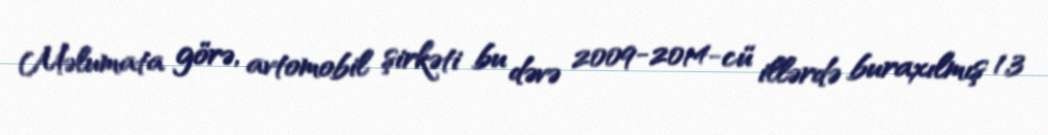
Məlumata görə, avtomobil şirkəti bu dəvə 2009-2014-cü illərdə buraxılmış 1,3